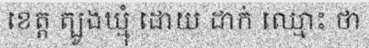
ខេត្ត ត្បូងឃ្មុំ ដោយ ដាក់ ឈ្មោះ ថា